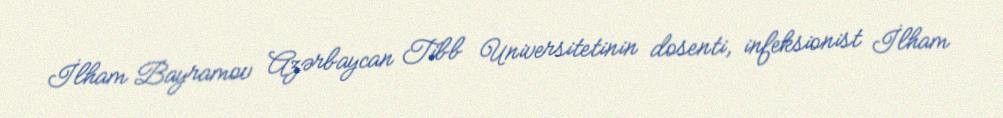
İlham Bayramov Azərbaycan Tibb Universitetinin dosenti, infeksionist İlham